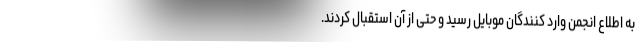
به اطلاع انجمن وارد کنندگان موبایل رسید و حتی از آن استقبال کردند.